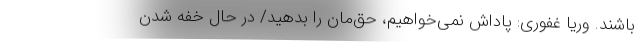
باشند. وریا غفوری: پاداش نمی‌خواهیم، حق‌مان را بدهید/ در حال خفه شدن